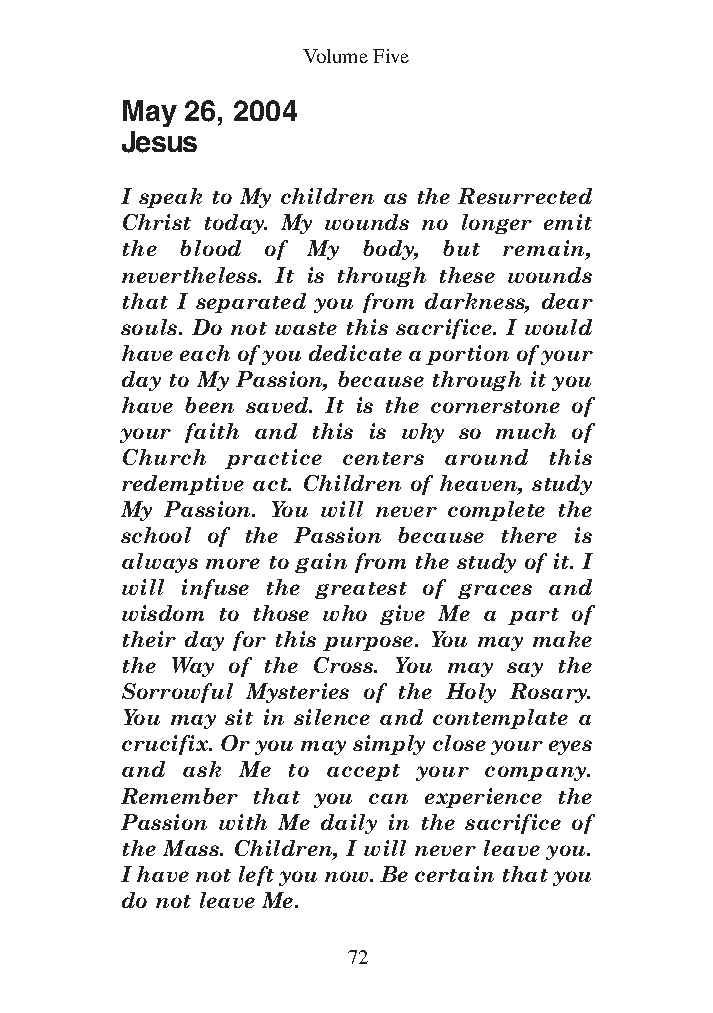
DFOT Vol 5 No App_1 12/3/13 8:54 PM Page 72
 Volume Five
 May 26, 2004
 Jesus
 I speak to My children as the Resurrected
 Christ today. My wounds no longer emit
 the blood of My body, but remain,
 nevertheless. It is through these wounds
 that I separated you from darkness, dear
 souls. Do not waste this sacrifice. I would
 have each of you dedicate a portion of your
 day to My Passion, because through it you
 have been saved. It is the cornerstone of
 your faith and this is why so much of
 Church practice centers around this
 redemptive act. Children of heaven, study
 My Passion. You will never complete the
 school of the Passion because there is
 always more to gain from the study of it. I
 will infuse the greatest of graces and
 wisdom to those who give Me a part of
 their day for this purpose. You may make
 the Way of the Cross. You may say the
 Sorrowful Mysteries of the Holy Rosary.
 You may sit in silence and contemplate a
 crucifix. Or you may simply close your eyes
 and ask Me to accept your company.
 Remember that you can experience the
 Passion with Me daily in the sacrifice of
 the Mass. Children, I will never leave you.
 I have not left you now. Be certain that you
 do not leave Me.
 72